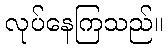
လုပ်နေကြသည်။